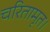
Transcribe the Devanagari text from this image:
चरितामृत।